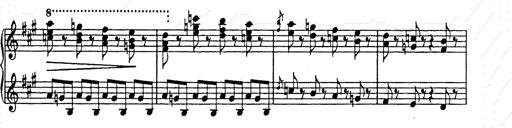
Title: Weihnachtsbaum
Composer: Franz Liszt